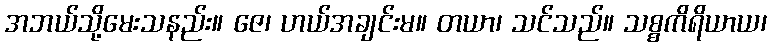
အဘယ်သို့မေးသနည်း။ ဇေ၊ ဟယ်အချင်းမ။ တယာ၊ သင်သည်။ သစ္စကိရိယာယ၊